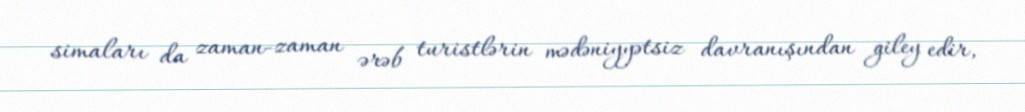
simaları da zaman-zaman ərəb turistlərin mədəniyyətsiz davranışından giley edir,